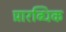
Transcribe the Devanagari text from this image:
प्रारब्धिक